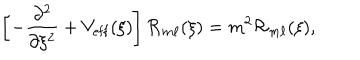
LaTeX: \left[ - \frac { \partial ^ { 2 } } { \partial \xi ^ { 2 } } + V _ { \mathrm { e f f } } ( \xi ) \right] { \cal R } _ { m \ell } ( \xi ) = m ^ { 2 } { \cal R } _ { m \ell } ( \xi ) ,